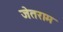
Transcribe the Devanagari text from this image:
जेतराम